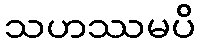
သဟဿမပိ